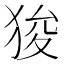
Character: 狻